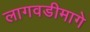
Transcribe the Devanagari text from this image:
लागवडीमागे